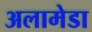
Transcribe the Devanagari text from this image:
अलामेडा